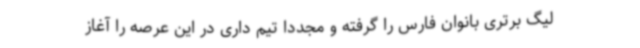
لیگ برتری بانوان فارس را گرفته و مجددا تیم داری در این عرصه را آغاز